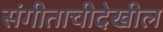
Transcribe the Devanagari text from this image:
संगीताचीदेखील